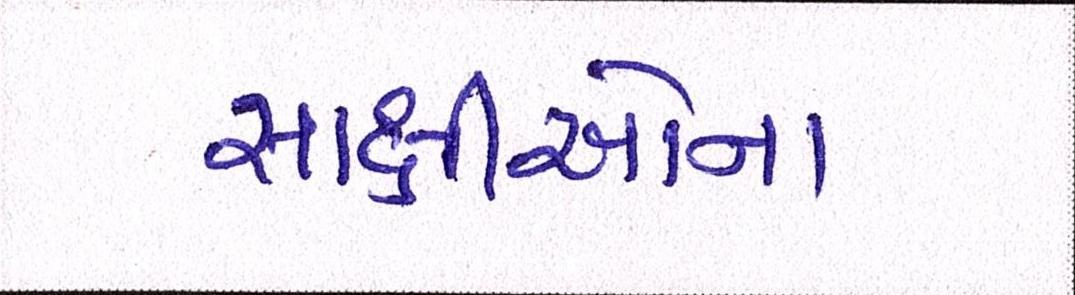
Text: સાક્ષીઓના